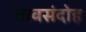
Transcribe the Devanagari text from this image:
तत्वसंदोह